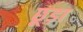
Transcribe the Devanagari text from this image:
छूड़ा